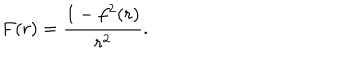
F ( r ) = \frac { 1 - f ^ { 2 } ( r ) } { r ^ { 2 } } .